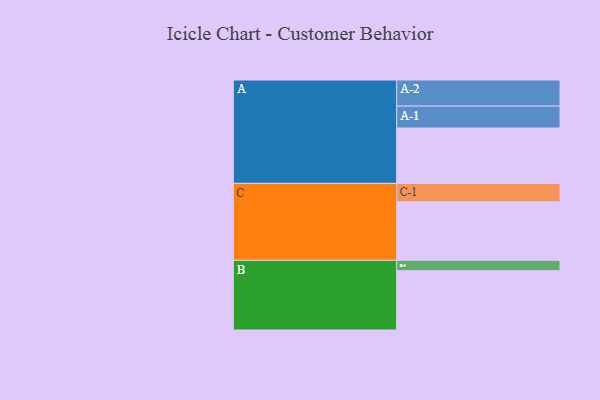
{"axis": {"x": "Segment", "y": "Value"}, "legend": ["", "A", "B", "C"], "data": [{"x": "A", "y": 524, "type": ""}, {"x": "B", "y": 561, "type": ""}, {"x": "C", "y": 554, "type": ""}, {"x": "A-1", "y": 207, "type": "A"}, {"x": "A-2", "y": 247, "type": "A"}, {"x": "B-1", "y": 98, "type": "B"}, {"x": "C-1", "y": 174, "type": "C"}]}